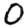
Digit: 0